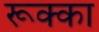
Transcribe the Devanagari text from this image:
रूक्का